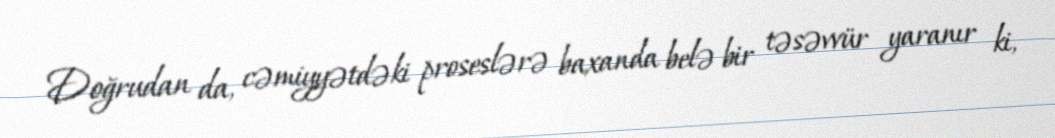
Doğrudan da, cəmiyyətdəki proseslərə baxanda belə bir təsəvvür yaranır ki,